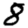
Digit: 8